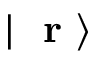
| \mathrm { ~ \bf ~ r ~ } \rangle